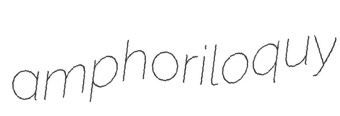
amphoriloquy